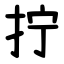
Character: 拧